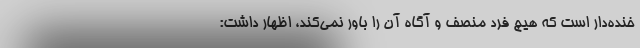
خنده‌دار است که هیچ فرد منصف و آگاه آن را باور نمی‌کند، اظهار داشت: